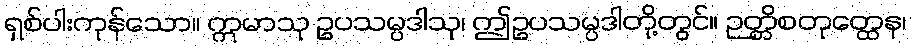
ရှစ်ပါးကုန်သော။ ဣမာသု ဥပသမ္ပဒါသု၊ ဤဥပသမ္ပဒါတို့တွင်။ ဉတ္တိစတုတ္ထေန၊